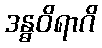
ဒန္ဓဝိရာဂိ